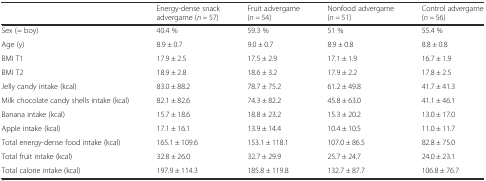
<table><thead><tr><td></td><td><b>Energy-dense snack advergame (<i>n =</i> 57)</b></td><td><b>Fruit advergame (<i>n =</i> 54)</b></td><td><b>Nonfood advergame (<i>n =</i> 51)</b></td><td><b>Control advergame (<i>n =</i> 56)</b></td></tr></thead><tbody><tr><td>Sex (= boy)</td><td>40.4 %</td><td>59.3 %</td><td>51 %</td><td>55.4 %</td></tr><tr><td>Age (y)</td><td>8.9 ± 0.7</td><td>9.0 ± 0.7</td><td>8.9 ± 0.8</td><td>8.8 ± 0.8</td></tr><tr><td>BMI T1</td><td>17.9 ± 2.5</td><td>17.5 ± 2.9</td><td>17.1 ± 1.9</td><td>16.7 ± 1.9</td></tr><tr><td>BMI T2</td><td>18.9 ± 2.8</td><td>18.6 ± 3.2</td><td>17.9 ± 2.2</td><td>17.8 ± 2.5</td></tr><tr><td>Jelly candy intake (kcal)</td><td>83.0 ± 88.2</td><td>78.7 ± 75.2</td><td>61.2 ± 49.8</td><td>41.7 ± 41.3</td></tr><tr><td>Milk chocolate candy shells intake (kcal)</td><td>82.1 ± 82.6</td><td>74.3 ± 82.2</td><td>45.8 ± 63.0</td><td>41.1 ± 46.1</td></tr><tr><td>Banana intake (kcal)</td><td>15.7 ± 18.6</td><td>18.8 ± 23.2</td><td>15.3 ± 20.2</td><td>13.0 ± 17.0</td></tr><tr><td>Apple intake (kcal)</td><td>17.1 ± 16.1</td><td>13.9 ± 14.4</td><td>10.4 ± 10.5</td><td>11.0 ± 11.7</td></tr><tr><td>Total energy-dense food intake (kcal)</td><td>165.1 ± 109.6</td><td>153.1 ± 118.1</td><td>107.0 ± 86.5</td><td>82.8 ± 75.0</td></tr><tr><td>Total fruit intake (kcal)</td><td>32.8 ± 26.0</td><td>32.7 ± 29.9</td><td>25.7 ± 24.7</td><td>24.0 ± 23.1</td></tr><tr><td>Total calorie intake (kcal)</td><td>197.9 ± 114.3</td><td>185.8 ± 119.8</td><td>132.7 ± 87.7</td><td>106.8 ± 76.7</td></tr></tbody></table>